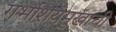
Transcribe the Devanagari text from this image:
गर्भाशयमुखाची